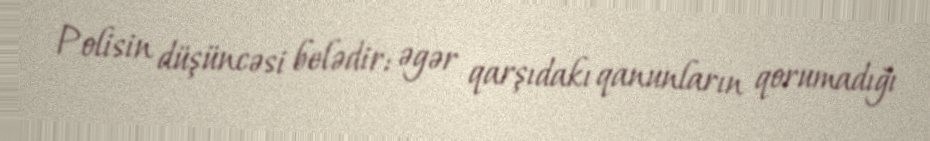
Polisin düşüncəsi belədir: əgər qarşıdakı qanunların qorumadığı